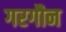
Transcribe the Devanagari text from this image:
गरगौन